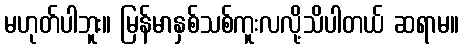
မဟုတ်ပါဘူး။ မြန်မာနှစ်သစ်ကူးလလို့သိပါတယ် ဆရာမ။